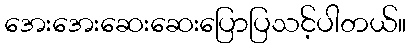
အေးအေးဆေးဆေးပြောပြသင့်ပါတယ်။